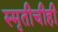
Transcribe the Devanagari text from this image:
स्मृतीचीही